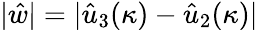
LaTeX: |\hat{w}|=|\hat{u}_{3}(\kappa)-\hat{u}_{2}(\kappa)|